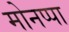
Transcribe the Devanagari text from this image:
मोनप्पा